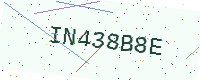
Text: IN438B8E